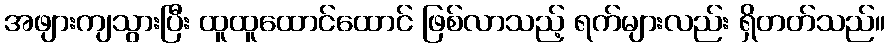
အဖျားကျသွားပြီး ထူထူထောင်ထောင် ဖြစ်လာသည့် ရက်များလည်း ရှိတတ်သည်။